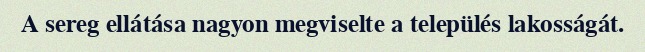
A sereg ellátása nagyon megviselte a település lakosságát.